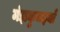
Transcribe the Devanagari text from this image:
मंझकुमइयाँ